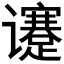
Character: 𬤯